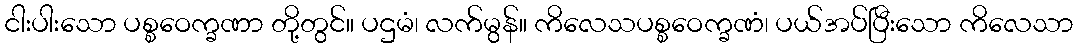
ငါးပါးသော ပစ္စဝေက္ခဏာ တို့တွင်။ ပဌမံ၊ လက်မွန်။ ကိလေသပစ္စဝေက္ခဏံ၊ ပယ်အပ်ပြီးသော ကိလေသာ